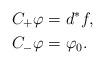
LaTeX: \begin{align*} & C_+ \varphi = d^* f, \\ & C_- \varphi = \varphi_0. \end{align*}